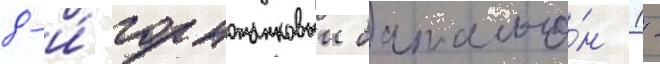
8-и́ горнотанковыи батальо́н (-